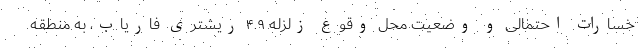
خسارات احتمالی و وضعیت محل وقوع زلزله ۴.۹ ریشتری فاریاب، به منطقه